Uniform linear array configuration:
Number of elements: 24
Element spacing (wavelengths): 1
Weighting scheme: kaiser
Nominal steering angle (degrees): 15
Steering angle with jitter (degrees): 16.087
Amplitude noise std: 0.05
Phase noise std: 0.05

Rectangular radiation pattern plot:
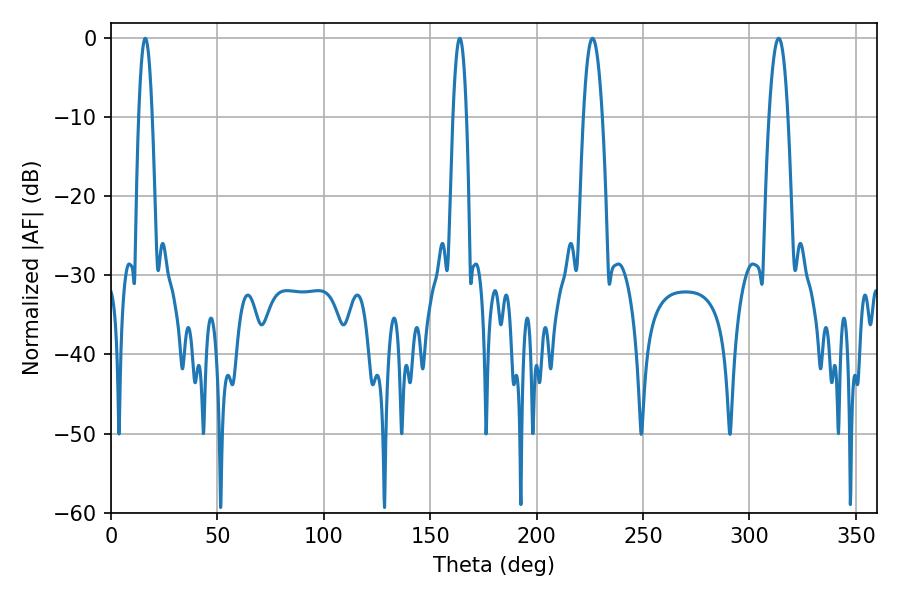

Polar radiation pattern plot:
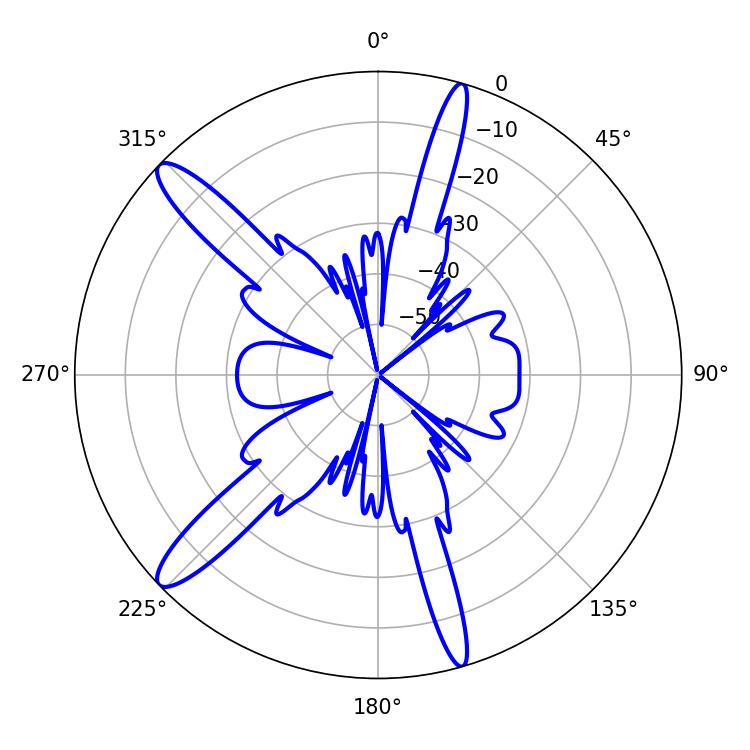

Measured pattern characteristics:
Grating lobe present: TRUE
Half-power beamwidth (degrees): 4.86
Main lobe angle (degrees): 226.26